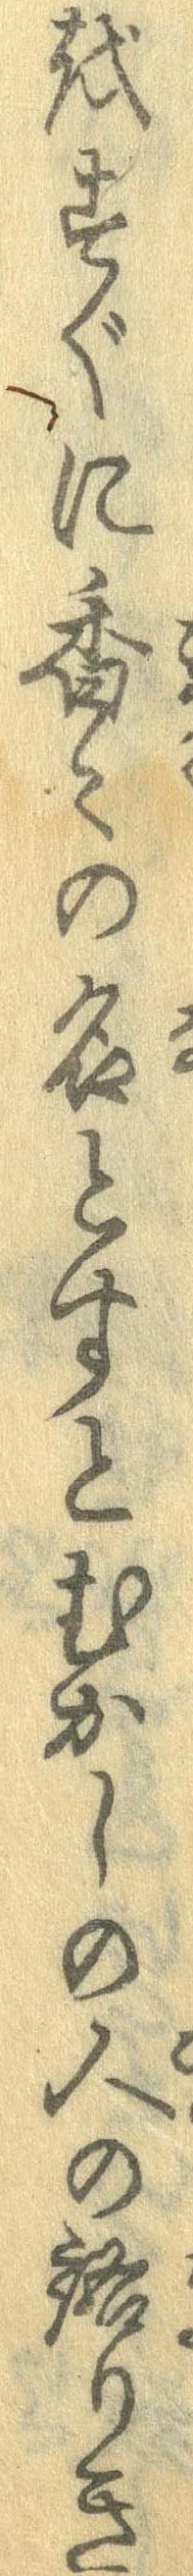
をすぐに香々の名とすとむかしの人の語りき